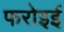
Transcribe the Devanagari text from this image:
फरोइई